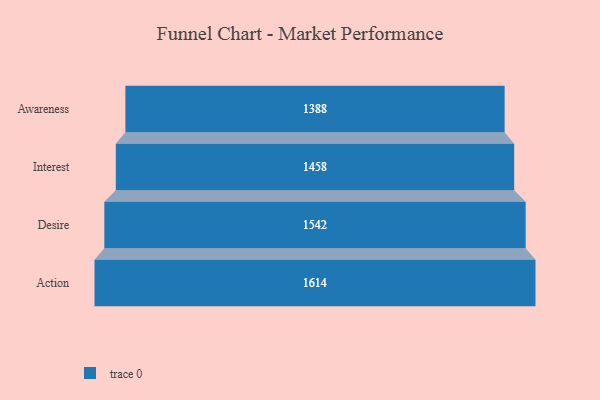
{"axis": {"x": "Stage", "y": "Value"}, "legend": [""], "data": [{"x": "Awareness", "y": 1388.0, "type": ""}, {"x": "Interest", "y": 1458.0, "type": ""}, {"x": "Desire", "y": 1542.0, "type": ""}, {"x": "Action", "y": 1614.0, "type": ""}]}